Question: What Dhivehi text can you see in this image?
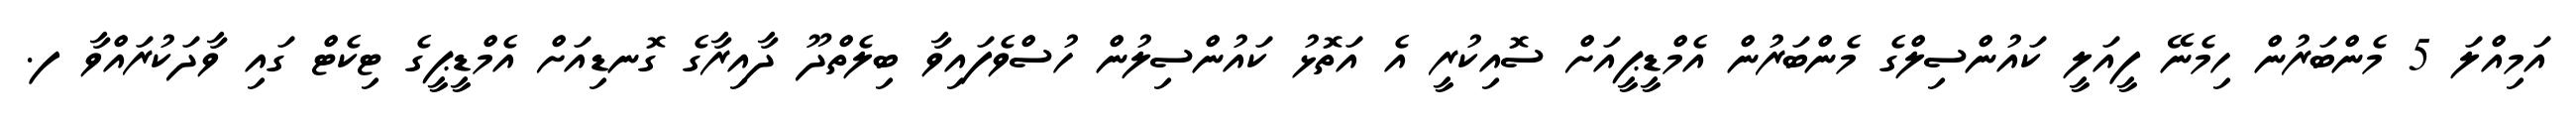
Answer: އަމިއްލަ 5 މެންބަރުން ހިމެނޭ ފީއަލީ ކައުންސިލްގެ މެންބަރުން އެމްޑީޕީއަށް ސޮއިކުރީ އެ އަތޮޅު ކައުންސިލުން ހުސްވެފައިވާ ބިލެތްދޫ ދާއިރާގެ ގޮނޑިއަށް އެމްޑީޕީގެ ޓިކެޓް ގައި ވާދަކުރައްވާ ފ.